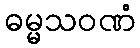
ဓမ္မသဝဏံ